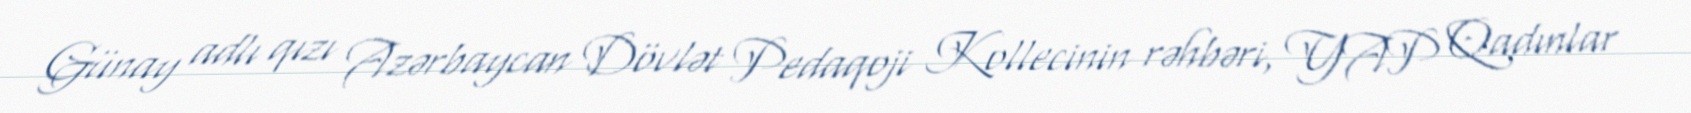
Günay adlı qızı Azərbaycan Dövlət Pedaqoji Kollecinin rəhbəri, YAP Qadınlar